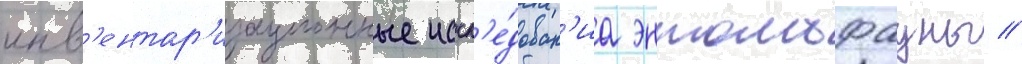
инв'ентар'изационные иссл'е́дован'иа энтомофауны //